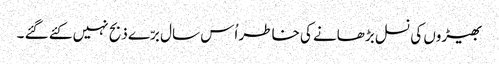
بھیڑوں کی نسل بڑھانے کی خاطر اُس سال برّے ذبح نہیں کئے گئے ۔